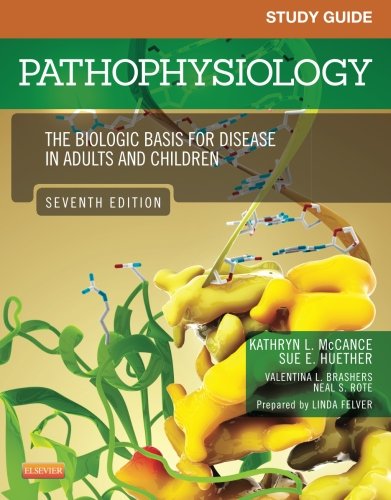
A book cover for Study Guide for Pathophysiology: The Biological Basis for Disease in Adults and Children, 7e; Kathryn L. McCance; Medical Books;